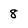
Character: 8